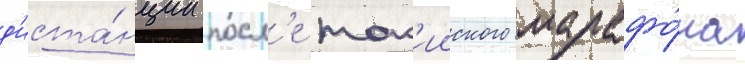
д'иста́нции посл'е ток'ииского марафо́на